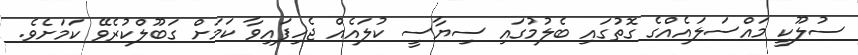
ސުލޫކީ މައްސަލައެއްގެ ގޮތުގައި ބެލުމުގައި ސިޔާސީ ކުލައެއް ޖެހިފައިވާ ކަމަށް ގަބޫލްކުރެވޭ ކަމަށެވެ.